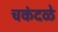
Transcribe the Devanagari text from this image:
चकंदळे